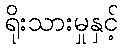
ရိုးသားမှုနှင့်